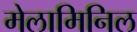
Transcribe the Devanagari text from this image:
मेलामिनिल